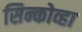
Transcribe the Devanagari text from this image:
सिन्कोव्हा